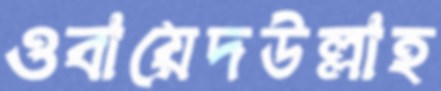
ওবায়েদউল্লাহ